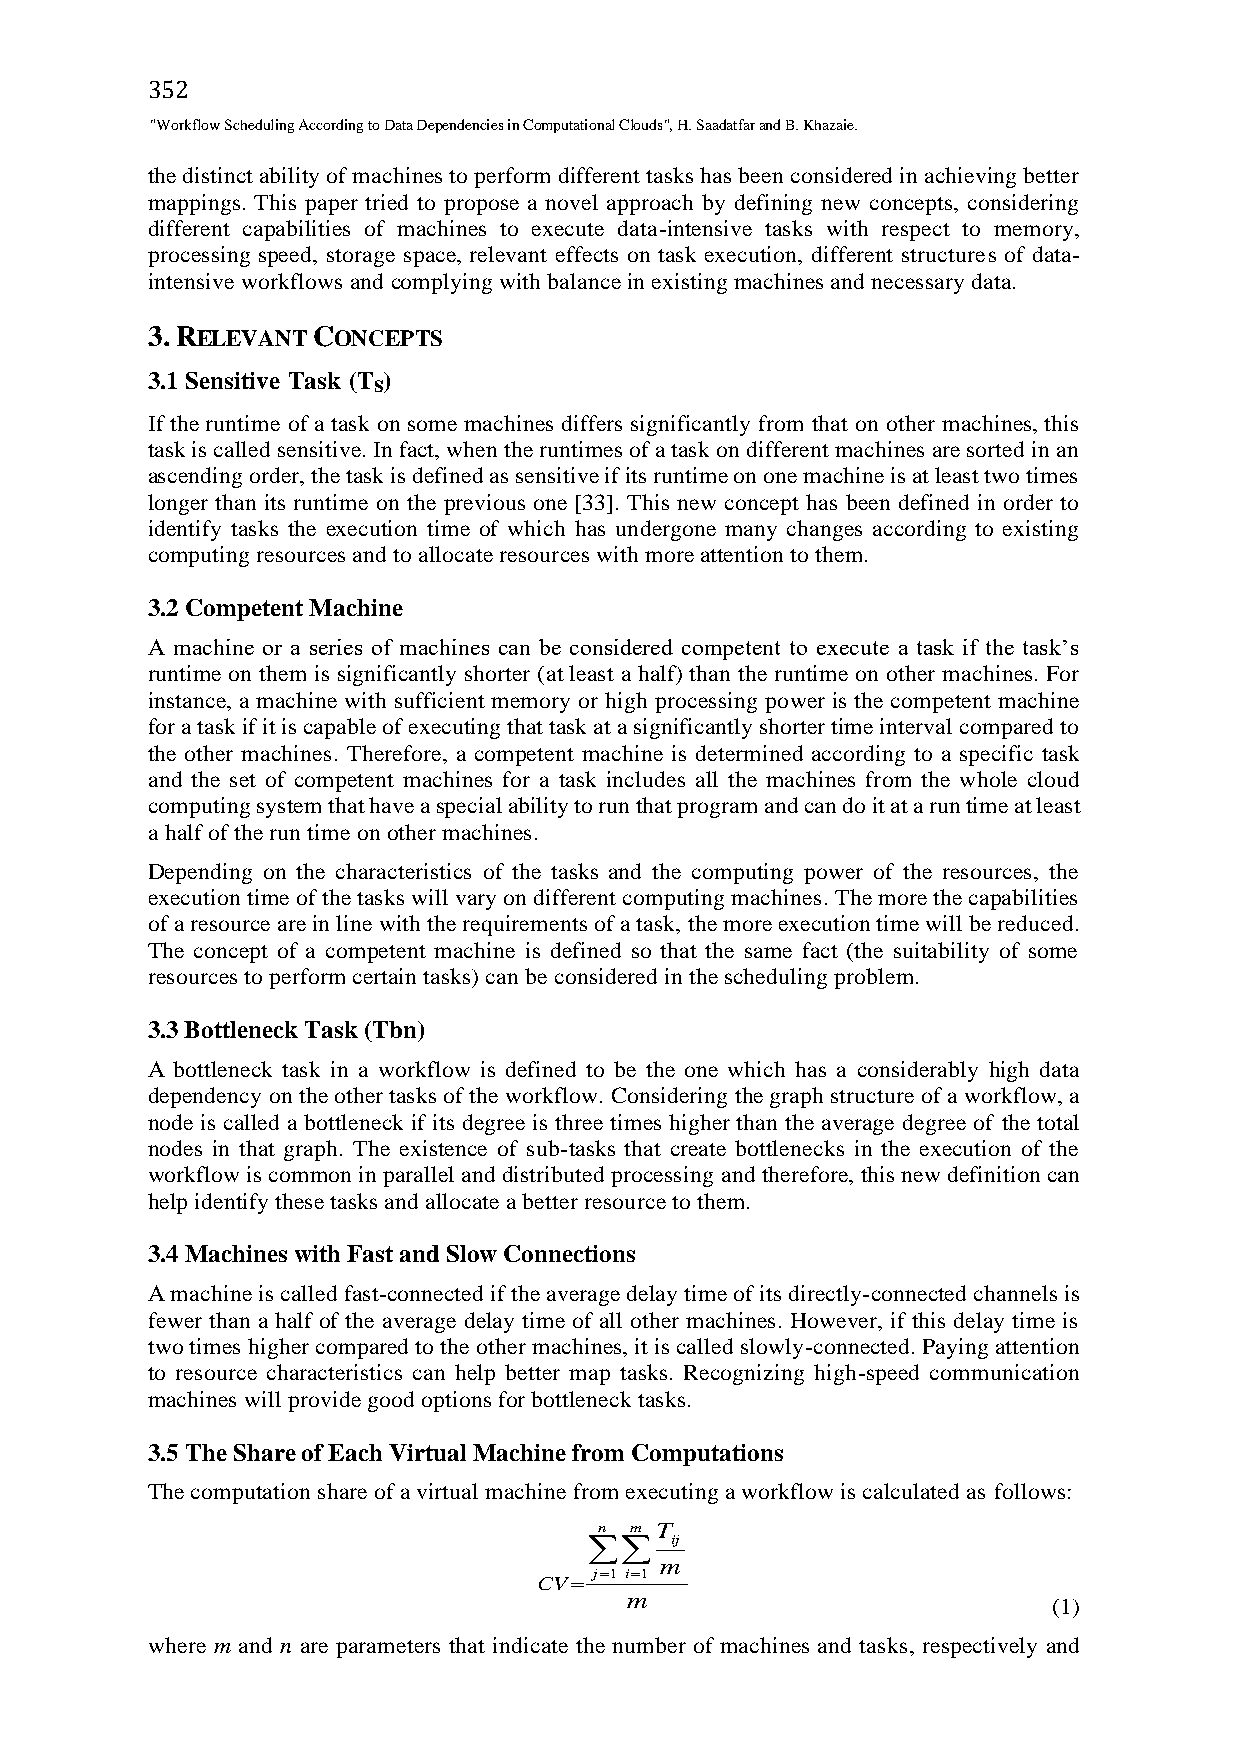
352
 "Workflow Scheduling According to Data Dependencies in Computational Clouds", H. Saadatfar and B. Khazaie.
 the distinct ability of machines to perform different tasks has been considered in achieving better
 mappings. This paper tried to propose a novel approach by defining new concepts, considering
 different capabilities of machines to execute data-intensive tasks with respect to memory,
 processing speed, storage space, relevant effects on task execution, different structures of data-
 intensive workflows and complying with balance in existing machines and necessary data.
 3.RELEVANT CONCEPTS
 3.1 Sensitive Task (Ts)
 If the runtime of a task on some machines differs significantly from that on other machines, this
 task is called sensitive. In fact, when the runtimes of a task on different machines are sorted in an
 ascending order, the task is defined as sensitive if its runtime on one machine is at least two times
 longer than its runtime on the previous one [33]. This new concept has been defined in order to
 identify tasks the execution time of which has undergone many changes according to existing
 computing resources and to allocate resources with more attention to them.
 3.2 Competent Machine
 A machine or a series of machines can be considered competent to execute a task if the task’s
 runtime on them is significantly shorter (at least a half) than the runtime on other machines. For
 instance, a machine with sufficient memory or high processing power is the competent machine
 for a task if it is capable of executing that task at a significantly shorter time interval compared to
 the other machines. Therefore, a competent machine is determined according to a specific task
 and the set of competent machines for a task includes all the machines from the whole cloud
 computing system that have a special ability to run that program and can do it at a run time at least
 a half of the run time on other machines.
 Depending on the characteristics of the tasks and the computing power of the resources, the
 execution time of the tasks will vary on different computing machines. The more the capabilities
 of a resource are in line with the requirements of a task, the more execution time will be reduced.
 The concept of a competent machine is defined so that the same fact (the suitability of some
 resources to perform certain tasks) can be considered in the scheduling problem.
 3.3 Bottleneck Task (Tbn)
 A bottleneck task in a workflow is defined to be the one which has a considerably high data
 dependency on the other tasks of the workflow. Considering the graph structure of a workflow, a
 node is called a bottleneck if its degree is three times higher than the average degree of the total
 nodes in that graph. The existence of sub-tasks that create bottlenecks in the execution of the
 workflow is common in parallel and distributed processing and therefore, this new definition can
 help identify these tasks and allocate a better resource to them.
 3.4 Machines with Fast and Slow Connections
 A machine is called fast-connected if the average delay time of its directly-connected channels is
 fewer than a half of the average delay time of all other machines. However, if this delay time is
 two times higher compared to the other machines, it is called slowly-connected. Paying attention
 to resource characteristics can help better map tasks. Recognizing high-speed communication
 machines will provide good options for bottleneck tasks.
 3.5 The Share of Each Virtual Machine from Computations
 The computation share of a virtual machine from executing a workflow is calculated as follows:
 n m T
    ij
 m
 j1 i1
 CV
 m                            (1)
 where m and n are parameters that indicate the number of machines and tasks, respectively and